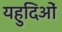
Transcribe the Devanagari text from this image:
यहुदिओं